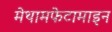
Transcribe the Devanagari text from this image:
मेथामफेटामाइन